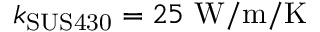
k _ { \mathrm { S U S 4 3 0 } } = 2 5 \ \mathrm { W / m / K }